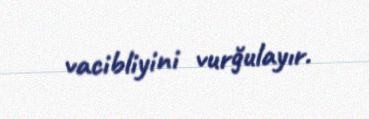
vacibliyini vurğulayır.